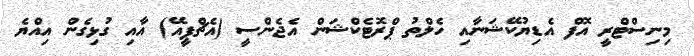
މިނިސްޓްރީ އޮފް އެޑިޔުކޭޝަނާއި ހެލްތު ޕްރޮޓެކްޝަން އެޖެންސީ (އެޗްޕީއޭ) އާއި ގުޅިގެން އިއްޔެ